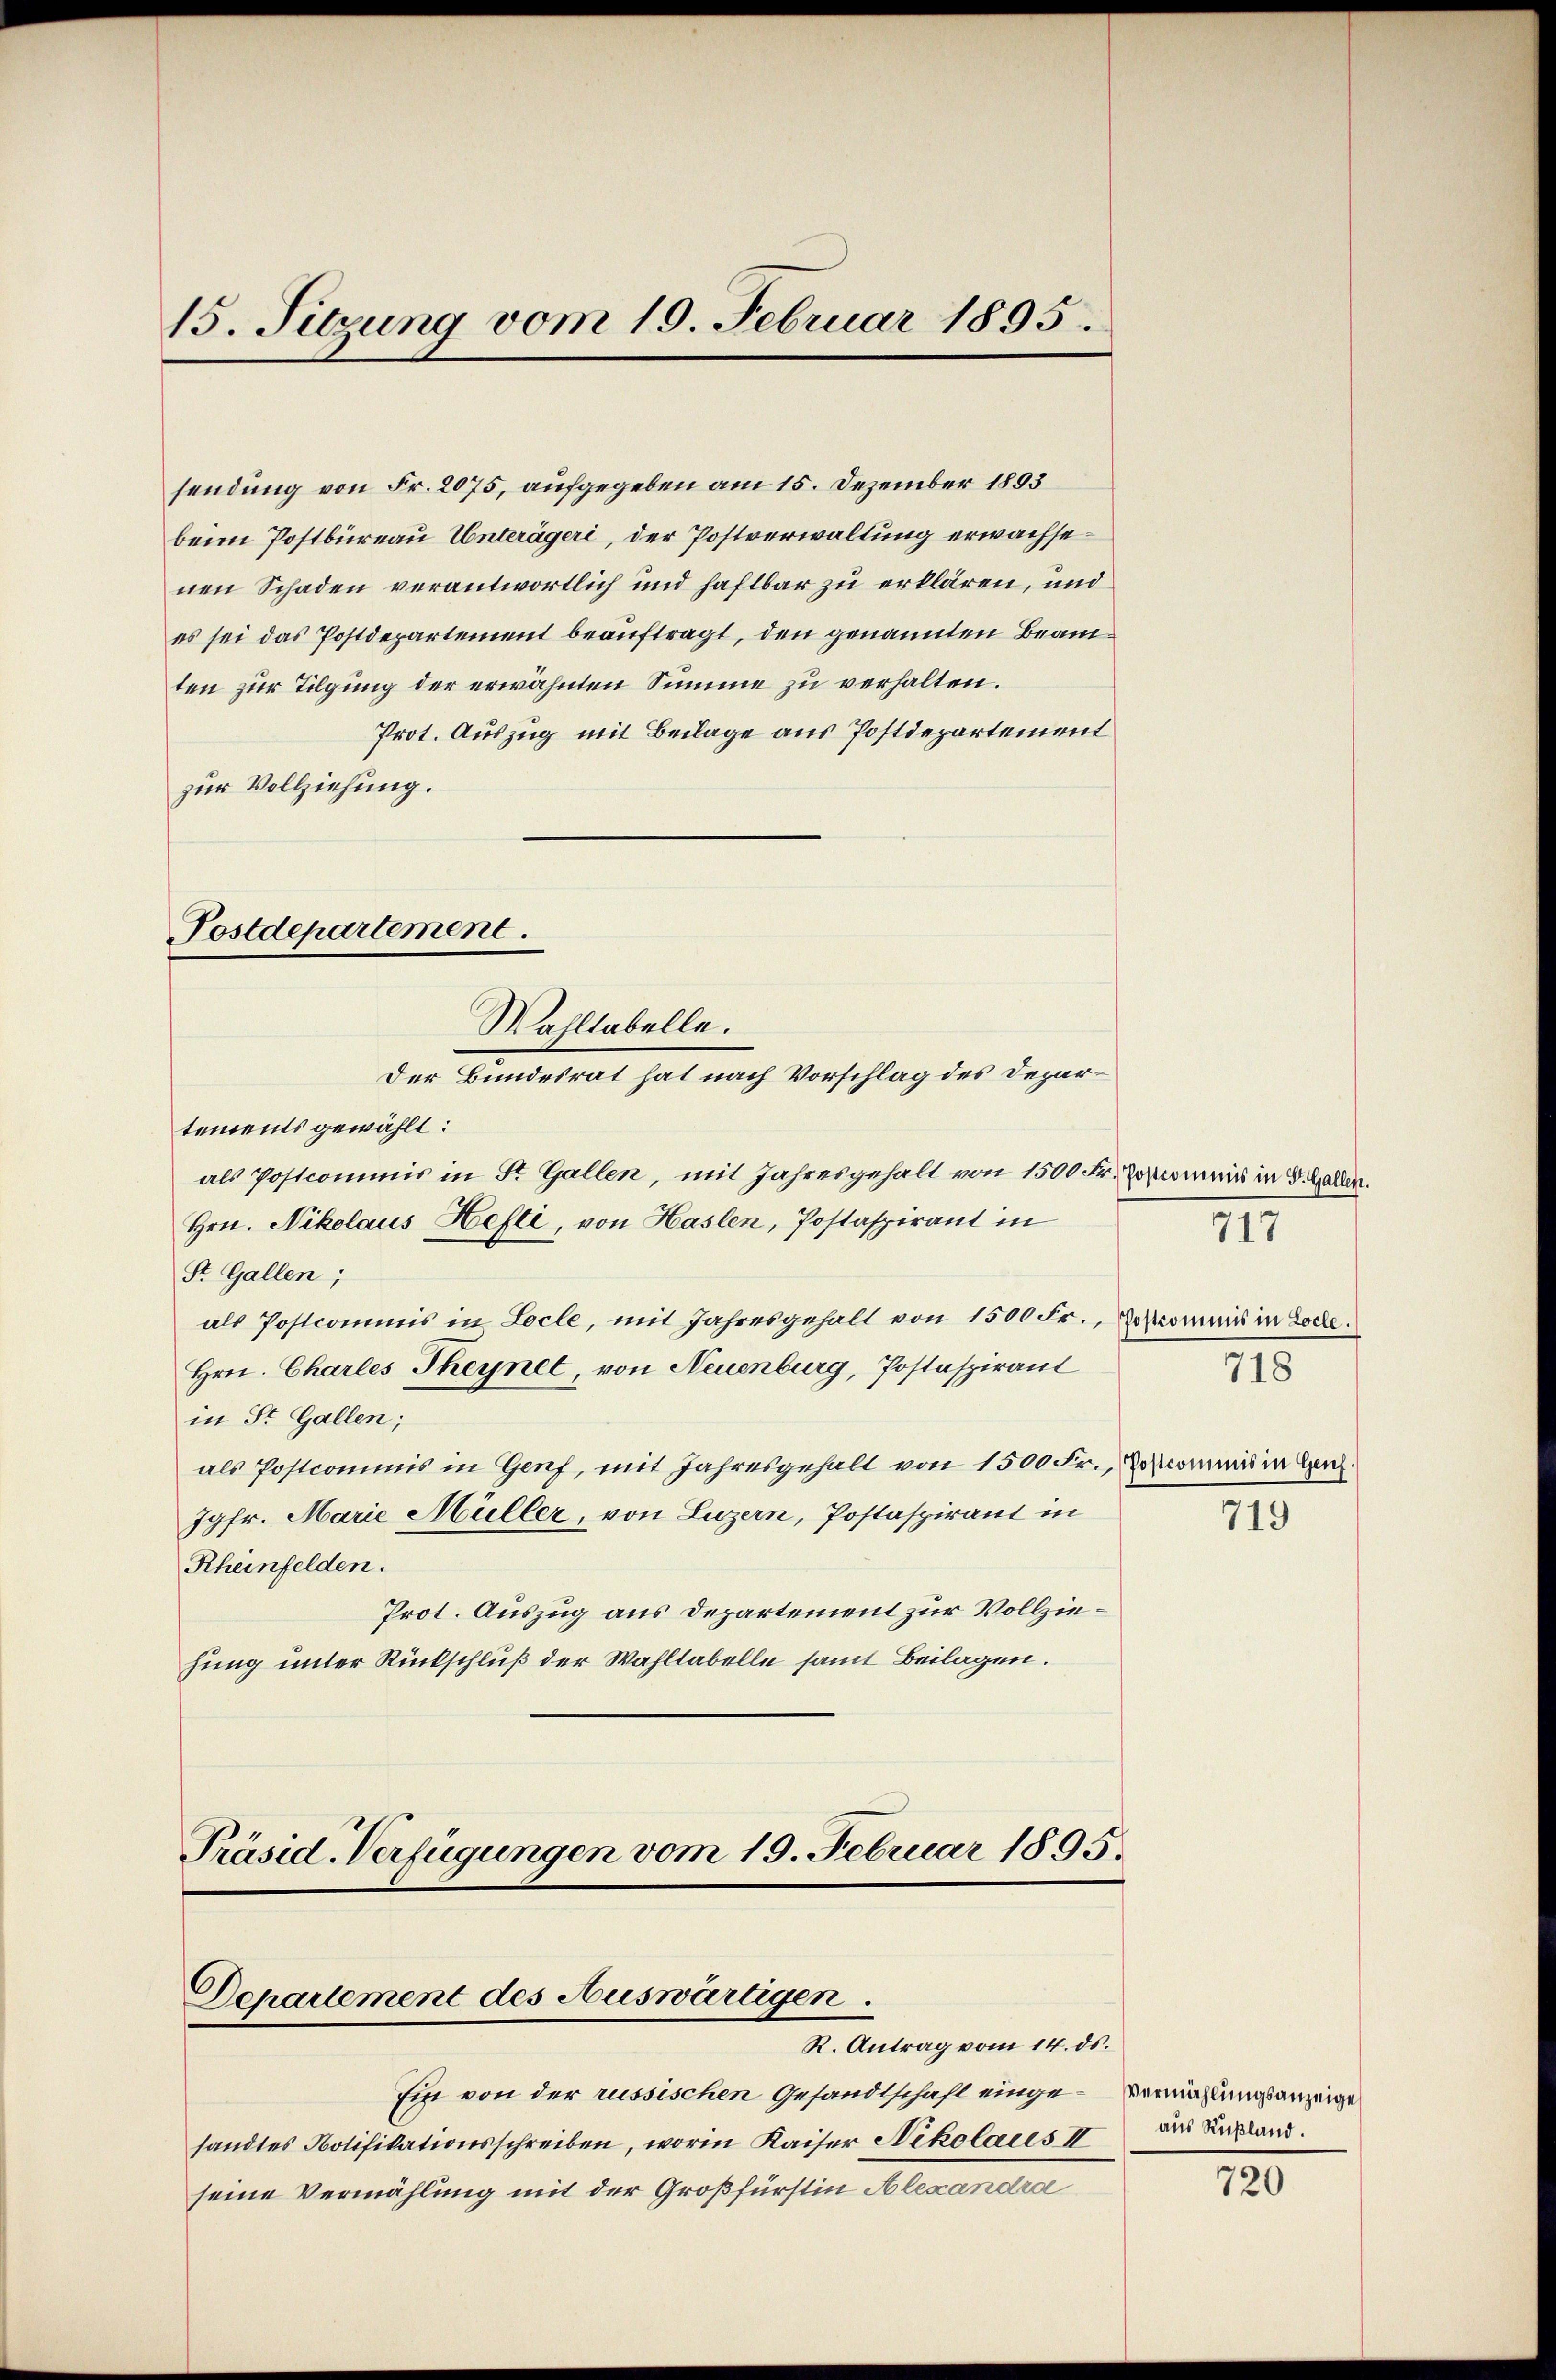
15. Sitzung vom 10. Februar 1895.

sendung von Fr. 2075, aufgegeben am 15. Dezember 1893
beim Postbureau Unterägeri, der Postverwaltung erwachsenen Schaden verantwortlich und haftbar zu erklären, und
es sei das Postdepartement beauftragt, den genannten Beamten zur Tilgung der erwähnten Summe zu verhalten.
Prot. Auszug mit Beilage aus Postdepartement
zur Vollziehung.

Postdepartement.
Wahltabelle.
Der Bundesrat hat nach Vorschlag des Depar¬

tements gewählt:
als Postcommis in St. Gallen, mit Jahresgehalt von 1500 Fr. Joscommis in d. Gallen.
Hrn. Nikolaus Hefti, von Haslen, Postaspirant in
St. Gallen;
als Postcommis in Locle, mit Jahresgehalt von 1500 Fr., Roscommis in Loche.
Hrn. Charles Theynet, von Neuenburg, Postaspirant
in St. Gallen;
als Postcommis in Genf, mit Jahresgehalt von 1500 Fr., Roscommis in den
Jgfr. Marie Müller, von Luzern, Postaspirant in
Rheinfelden.
Prot. Auszug aus Departement zur Vollziehung unter Rückschluß der Wahltabelle samt Beilagen.

Präsid. Verfügungen vom 19. Februar 1895.

Departement des Auswärtigen.
R. Antrag vom 14. ds.

Ein von der russischen Gesandtschaft einge- Vermählungsanzeige
sandtes Notifikationsschreiben, worin Kaiser Nikolaus II
seine Vermählung mit der Großfürstin Alexandra

718

717

719

aus Rußland.

720